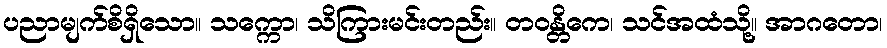
ပညာမျက်စိရှိသော။ သက္ကော၊ သိကြားမင်းတည်း။ တဝန္တိကေ၊ သင်အထံသို့။ အာဂတော၊